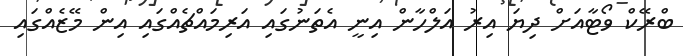
ބްރޭކް ވޯޓާއަށް ދިޔަ އިރު އަލްހާން އިނީ އެތަނުގައި އަރިމައްޗެއްގައި އިން މޭޒެއްގައި